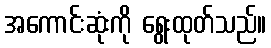
အကောင်းဆုံးကို ရွေးထုတ်သည်။